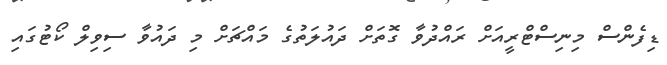
ޑިފެންސް މިނިސްޓްރީއަށް ރައްދުވާ ގޮތަށް ދައުލަތުގެ މައްޗަށް މި ދައުވާ ސިވިލް ކޯޓުގައި